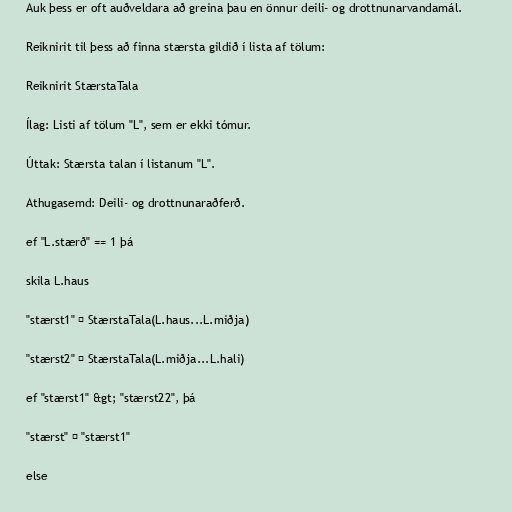
Auk þess er oft auðveldara að greina þau en önnur deili- og drottnunarvandamál.

Reiknirit til þess að finna stærsta gildið í lista af tölum:

Reiknirit StærstaTala

Ílag: Listi af tölum "L", sem er ekki tómur.

Úttak: Stærsta talan í listanum "L".

Athugasemd: Deili- og drottnunaraðferð.

ef "L.stærð" == 1 þá

skila L.haus

"stærst1" ← StærstaTala(L.haus...L.miðja)

"stærst2" ← StærstaTala(L.miðja...L.hali)

ef "stærst1" &gt; "stærst22", þá

"stærst" ← "stærst1"

else